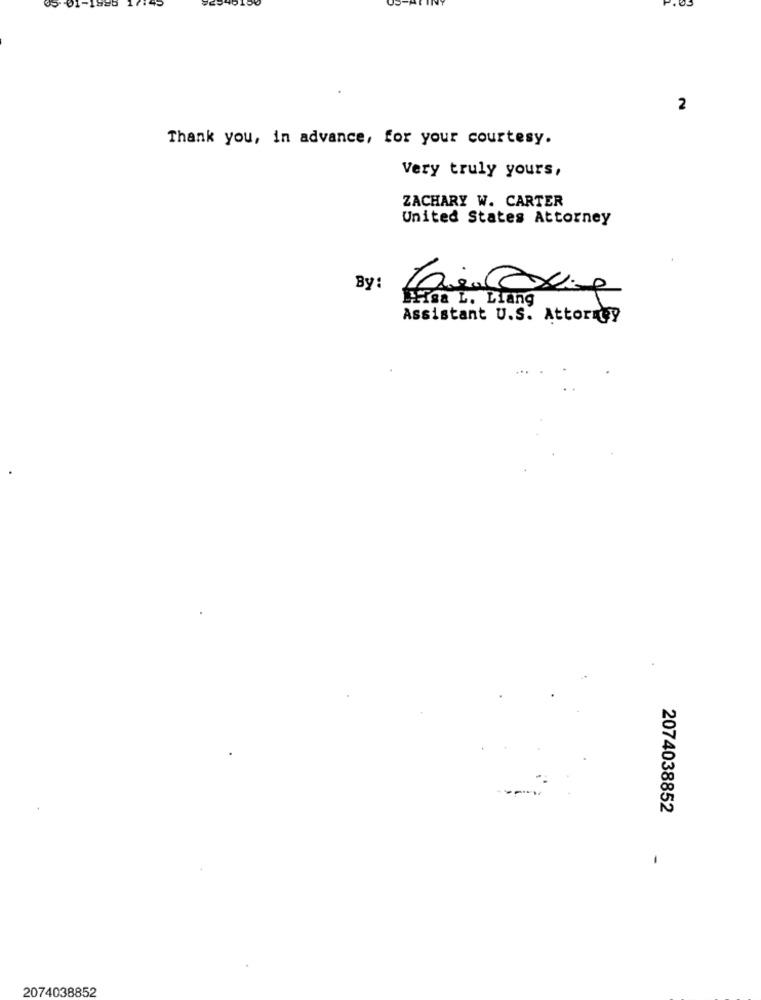
2
Thank you, in advance, for your courtesy.
Very truly yours,
ZACHARY W. CARTER
United States Attorney
By:
Hsa L. Liang
Assistant U.S. Attorney
2074038852
2074038852